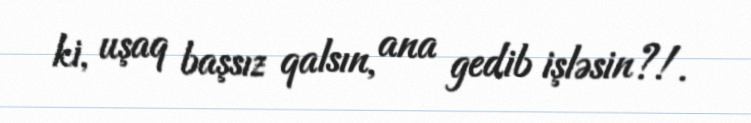
ki, uşaq başsız qalsın, ana gedib işləsin?!.